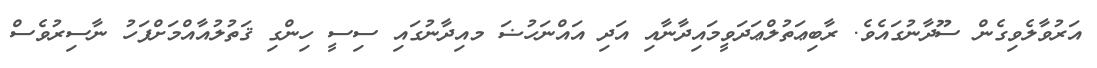
އަރުވާލެވިގެން ސޫދާނުގައެވެ. ރާބިޢަތުލްޢަދަވީމައިދާނާއި އަދި އައްނަހުޟަ މއިދާނުގައި ސިސީ ހިންގި ޤަތުލުއާއްމަށްފަހު ނާސިރުވެސް